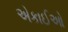
એકાઈઓ